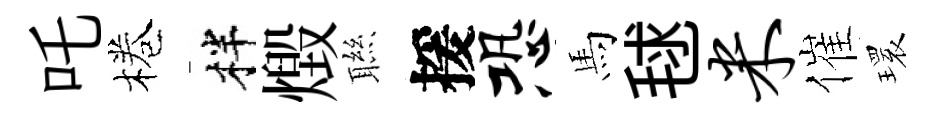
吒棬柈燬聮援恐馬毬米催𤨔